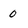
Character: 0